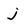
Character: j